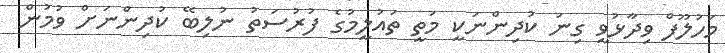
މަހުލޫފް ވިދާޅުވީ ގިނަ ކުދިންނަކީ މަތީ ތައުލީމުގެ ފުރުސަތު ނުލިބޭ ކުދިންނަށް ވުމުން